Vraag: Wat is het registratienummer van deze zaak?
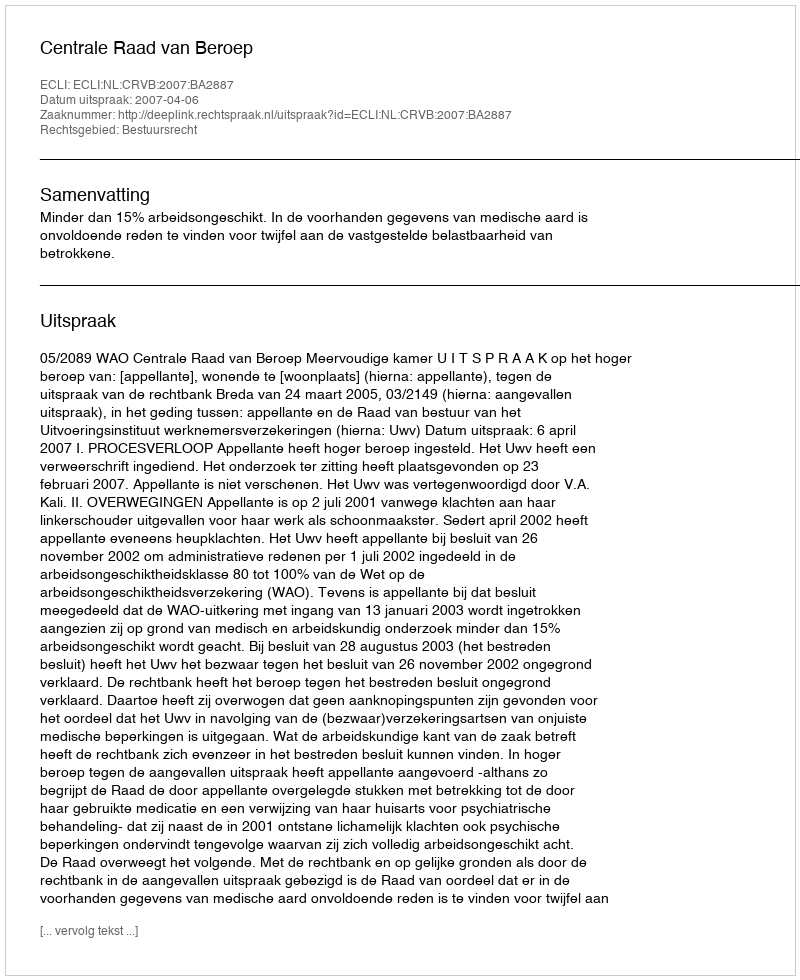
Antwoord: http://deeplink.rechtspraak.nl/uitspraak?id=ECLI:NL:CRVB:2007:BA2887